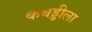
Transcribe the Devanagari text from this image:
कबड्डीला